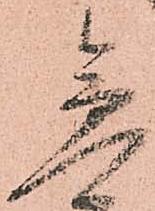
急